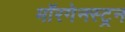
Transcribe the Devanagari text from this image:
मॉरगेनस्ट्रन